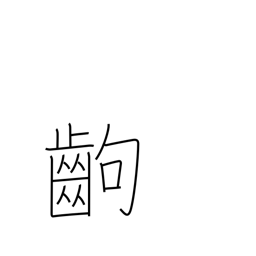
Meaning: a paragraph